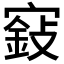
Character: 𡪵